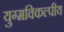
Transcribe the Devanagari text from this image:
युग्मविकल्पीय